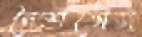
নৈশভোজ